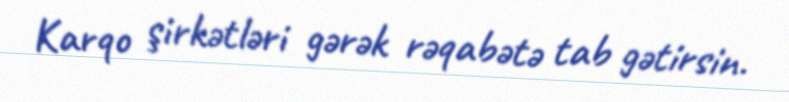
Karqo şirkətləri gərək rəqabətə tab gətirsin.